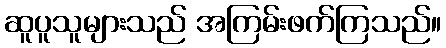
ဆူပူသူများသည် အကြမ်းဖက်ကြသည်။